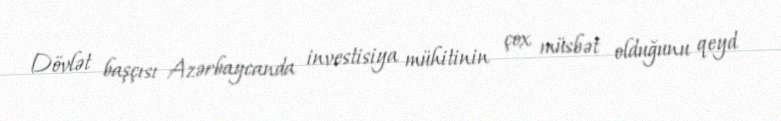
Dövlət başçısı Azərbaycanda investisiya mühitinin çox müsbət olduğunu qeyd